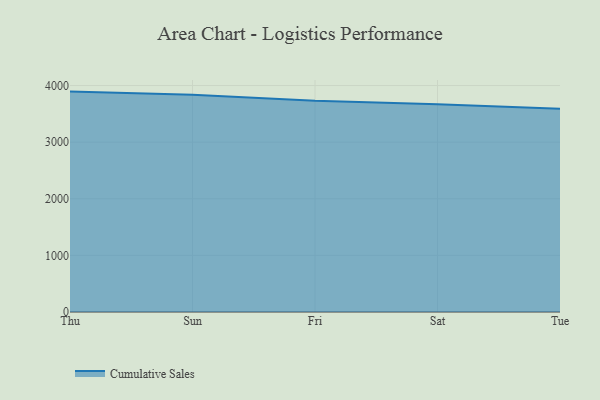
{"axis": {"x": "Day", "y": "Backlog"}, "legend": ["Cumulative Sales"], "data": [{"x": "Thu", "y": 3892.6, "type": "Cumulative Sales"}, {"x": "Sun", "y": 3836.6, "type": "Cumulative Sales"}, {"x": "Fri", "y": 3729.3, "type": "Cumulative Sales"}, {"x": "Sat", "y": 3671.2, "type": "Cumulative Sales"}, {"x": "Tue", "y": 3590.2, "type": "Cumulative Sales"}]}